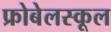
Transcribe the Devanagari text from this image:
फ्रोबेलस्कूल